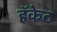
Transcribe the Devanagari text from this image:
हॅकेट